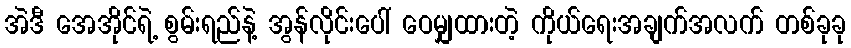
အဲဒီ အေအိုင်ရဲ့ စွမ်းရည်နဲ့ အွန်လိုင်းပေါ် ဝေမျှထားတဲ့ ကိုယ်ရေးအချက်အလက် တစ်ခုခု